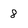
Character: 8